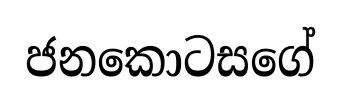
ජනකොටසගේ